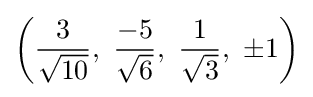
\left({\frac {3}{\sqrt {10}}},\ {\frac {-5}{\sqrt {6}}},\ {\frac {1}{\sqrt {3}}},\ \pm 1\right)